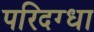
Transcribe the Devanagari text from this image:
परिदग्धा